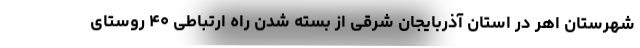
شهرستان اهر در استان آذربایجان شرقی از بسته شدن راه ارتباطی ۴۰ روستای